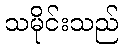
သမိုင်းသည်